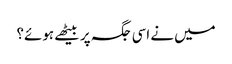
میں نے اسی جگہ پر بیٹھے ہوئے؟